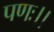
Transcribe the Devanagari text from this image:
पणः।।